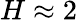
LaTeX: H\approx 2